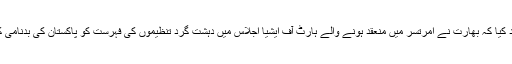
ترجمان نے الزام عائد کیا کہ بھارت نے امرتسر میں منعقد ہونے والے ہارٹ آف ایشیا اجلاس میں دہشت گرد تنظیموں کی فہرست کو پاکستان کی بدنامی کے لیے استعمال کیا۔